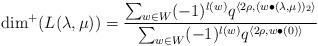
LaTeX: \begin{align*} \dim^+(L(\lambda,\mu))=\frac { \sum_{w\in W}(-1)^{l(w)} q^{\langle 2\rho,(w\bullet(\lambda,\mu))_2\rangle} } { \sum_{w\in W}(-1)^{l(w)}q^{\langle 2\rho,w\bullet(0)\rangle} }\end{align*}